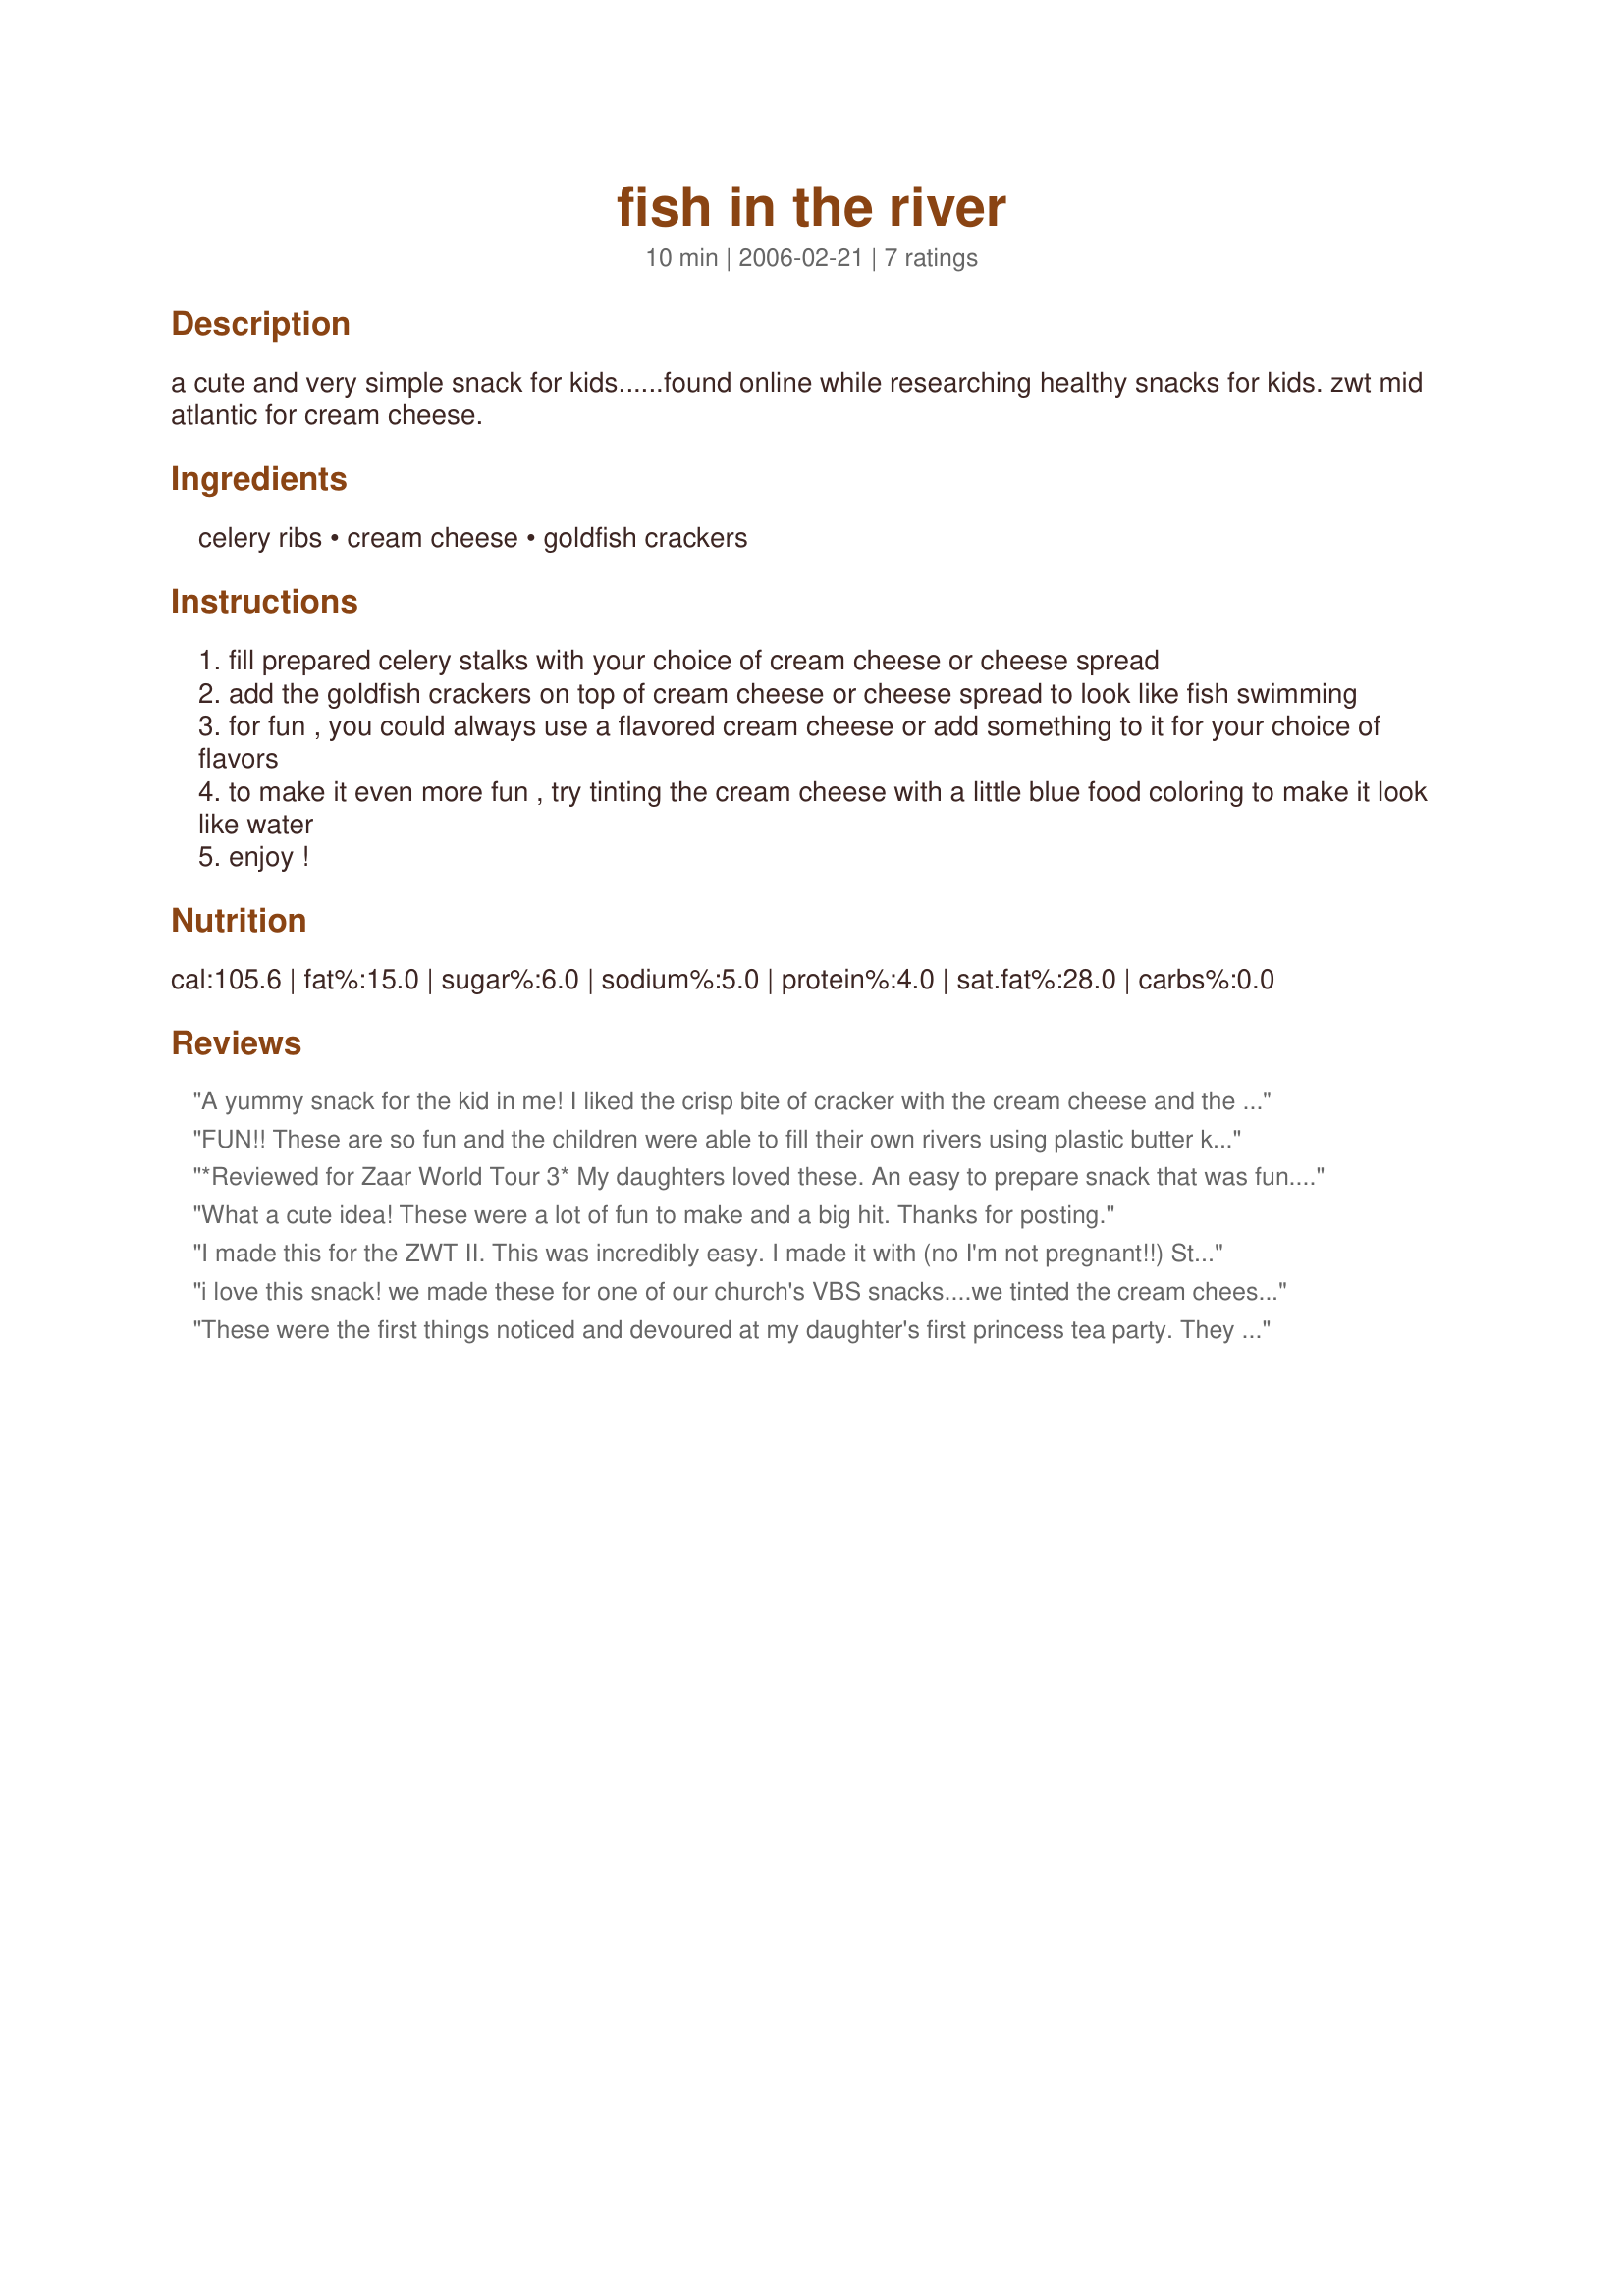
fish in the river
Preparation time: 10 minutes

a cute and very simple snack for kids......found online while researching healthy snacks for kids. zwt mid atlantic for cream cheese.

Ingredients:
celery ribs, cream cheese, goldfish crackers

Steps:
fill prepared celery stalks with your choice of cream cheese or cheese spread
add the goldfish crackers on top of cream cheese or cheese spread to look like fish swimming
for fun , you could always use a flavored cream cheese or add something to it for your choice of flavors
to make it even more fun , try tinting the cream cheese with a little blue food coloring to make it look like water
enjoy !

Reviews:
A yummy snack for the kid in me! I liked the crisp bite of cracker with the cream cheese and the crisp celery!
FUN!! These are so fun and the children were able to fill their own rivers using plastic butter knifes and then toping with pizza flavored gold fish. Even the adults enjoyed this cute afternoon snack. Thanks for the giggles.
*Reviewed for Zaar World Tour 3* My daughters loved these. An easy to prepare snack that was fun. We used 'Dixie Drumsticks' as our fish. I asked my eldest daughter to find me something blue for the water in our photograph...she returned with her swimmers.
What a cute idea! These were a lot of fun to make and a big hit. Thanks for posting.
I made this for the ZWT II. This was incredibly easy. I made it with (no I'm not pregnant!!) Strawberry Cream Cheese and colored Goldfish Crackers. Very eye appealing and tasty. I would of not thought of this but a pretty healthy snack!! This is a definate keeper!! KUDOS!!
i love this snack! we made these for one of our church's VBS snacks....we tinted the cream cheese "water" blue with food coloring and the kids LOVED it! i thought they were super good!
These were the first things noticed and devoured at my daughter's first princess tea party. They loved them, thanks!
